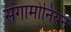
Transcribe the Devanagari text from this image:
सेंगामोनियन